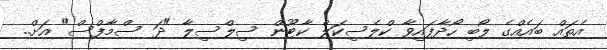
އެތައް ބައެއްގެ ލޯބި ހޯދާފައިވާ ކްލެސިކަލް ކާޓޫން ސިލްސިލާ "ދަ ސްމާފްސް" އަށް..